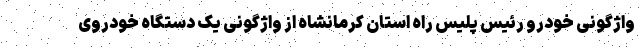
واژگونی خودرو رئیس پلیس راه استان کرمانشاه از واژگونی یک دستگاه خودروی